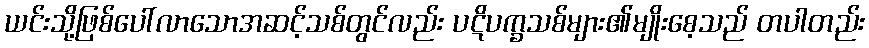
ယင်းသို့ဖြစ်ပေါ်လာသောအဆင့်သစ်တွင်လည်း ပဋိပက္ခသစ်များ၏မျိုးစေ့သည် တပါတည်း